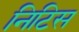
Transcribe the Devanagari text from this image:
निटिस